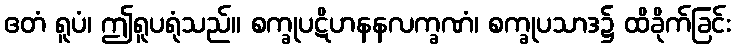
ဧတံ ရူပံ၊ ဤရူပရုံသည်။ စက္ခုပဋိဟနနလက္ခဏံ၊ စက္ခုပသာဒ၌ ထိခိုက်ခြင်း